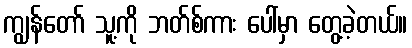
ကျွန်တော် သူ့ကို ဘတ်စ်ကား ပေါ်မှာ တွေ့ခဲ့တယ်။